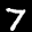
Label: 7